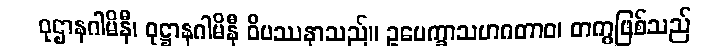
ဝုဌာနဂါမိနီ၊ ဝုဋ္ဌာနဂါမိနီ ဝိပဿနာသည်။ ဥပေက္ခာသဟဂတာဝ၊ တကွဖြစ်သည်